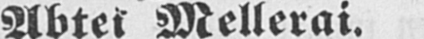
Abtei Mellerai.